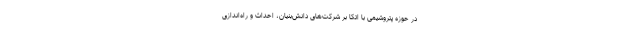
در حوزه پتروشیمی با اتکا بر شرکت‌های دانش‌بنیان، احداث و راه‌اندازی